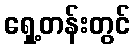
ရှေ့တန်းတွင်